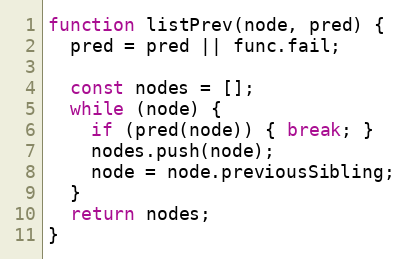
Language: JavaScript
function listPrev(node, pred) {
  pred = pred || func.fail;

  const nodes = [];
  while (node) {
    if (pred(node)) { break; }
    nodes.push(node);
    node = node.previousSibling;
  }
  return nodes;
}